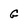
Character: G